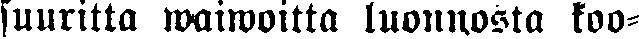
suuritta waiwoitta luonnosta koo-